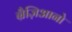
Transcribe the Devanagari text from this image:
ग्रैज़िआनो